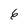
Character: 6